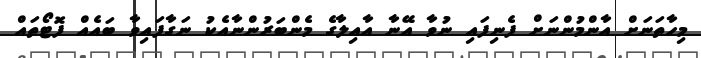
މިހާތަނަށް އާންމުންނަށް ފެނިފައި ނުވާ އޭނާ އާއިލާގެ މެންބަރުންނާއެކު ނަގާފައިވާ ބައެއް ފޮޓޯތައް